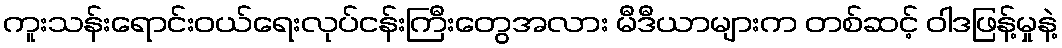
ကူးသန်းရောင်းဝယ်ရေးလုပ်ငန်းကြီးတွေအလား မီဒီယာများက တစ်ဆင့် ဝါဒဖြန့်မှုနဲ့